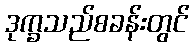
ဒုက္ခသည်စခန်းတွင်